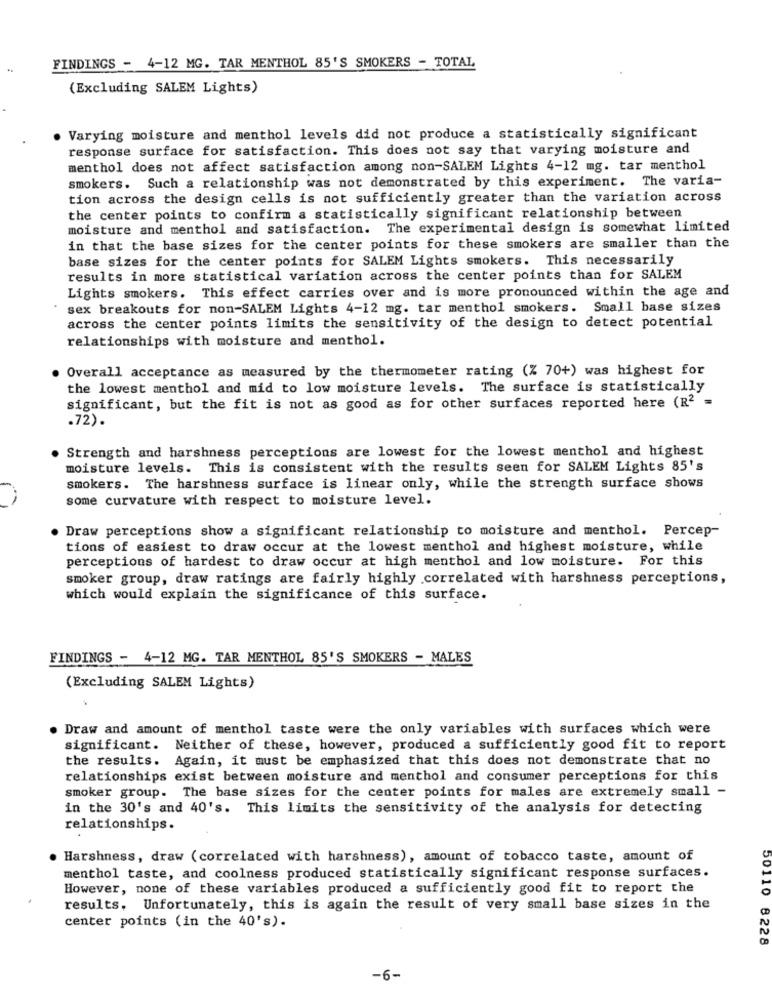
FINDINGS - 4-12 MG. TAR MENTHOL 85'S SMOKERS - TOTAL
(Excluding SALEM Lights)
· Varying moisture and menthol levels did not produce a statistically significant
response surface for satisfaction. This does not say that varying moisture and
menthol does not affect satisfaction among non-SALEM Lights 4-12 mg. tar menthol
smokers. Such a relationship was not demonstrated by this experiment. The varia-
tion across the design cells is not sufficiently greater than the variation across
the center points to confirm a statistically significant relationship between
moisture and menthol and satisfaction. The experimental design is somewhat limited
in that the base sizes for the center points for these smokers are smaller than the
base sizes for the center points for SALEM Lights smokers. This necessarily
results in more statistical variation across the center points than for SALEM
Lights smokers. This effect carries over and is more pronounced within the age and
sex breakouts for non-SALEM Lights 4-12 mg. tar menthol smokers. Small base sizes
across the center points limits the sensitivity of the design to detect potential
relationships with moisture and menthol.
Overall acceptance as measured by the thermometer rating (% 70+) was highest for
the lowest menthol and mid to low moisture levels. The surface is statistically
significant, but the fit is not as good as for other surfaces reported here (R2 =
.72).
Strength and harshness perceptions are lowest for the lowest menthol and highest
moisture levels. This is consistent with the results seen for SALEM Lights 85's
smokers. The harshness surface is linear only, while the strength surface shows
some curvature with respect to moisture level.
Draw perceptions show a significant relationship to moisture and menthol. Percep-
tions of easiest to draw occur at the lowest menthol and highest moisture, while
perceptions of hardest to draw occur at high menthol and low moisture. For this
smoker group, draw ratings are fairly highly correlated with harshness perceptions,
which would explain the significance of this surface.
FINDINGS - 4-12 MG. TAR MENTHOL 85'S SMOKERS - MALES
(Excluding SALEM Lights)
. Draw and amount of menthol taste were the only variables with surfaces which were
significant. Neither of these, however, produced a sufficiently good fit to report
the results. Again, it must be emphasized that this does not demonstrate that no
relationships exist between moisture and menthol and consumer perceptions for this
smoker group. The base sizes for the center points for males are extremely small -
in the 30's and 40's. This limits the sensitivity of the analysis for detecting
relationships.
. Harshness, draw (correlated with harshness), amount of tobacco taste, amount of
menthol taste, and coolness produced statistically significant response surfaces.
However, none of these variables produced a sufficiently good fit to report the
00110
results, Unfortunately, this is again the result of very small base sizes in the
center points (in the 40's).
8228
-6-